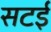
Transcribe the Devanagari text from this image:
सटई